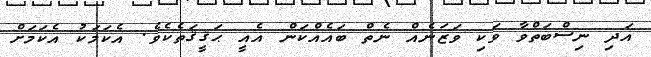
އަދި ނިސްބަތްވާ ވަކި ވަޒަނެއް ނެތް ބައެއްކަން އެއީ ޙަޤީޤަތެކެވެ. އެކަމަކު އެކަމަށް